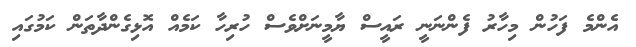
އެންމެ ފަހުން މިހާރު ފެންނަނީ ރައީސް ޔާމީނަށްވެސް ހުރިހާ ކަމެއް އޮޅިގެންދާތަން ކަމުގައި